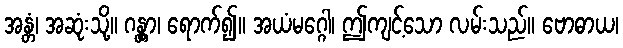
အန္တံ၊ အဆုံးသို့။ ဂန္တွာ၊ ရောက်၍။ အယံမဂ္ဂေါ၊ ဤကျင့်သော လမ်းသည်။ ဗောဓာယ၊